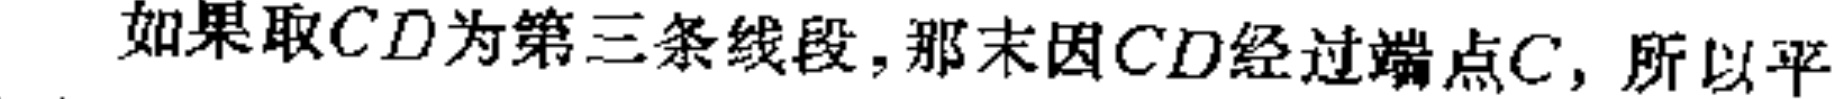
如果取\(CD\)为第三条线段，那末因\(CD\)经过端点\(C\)，所以平